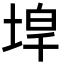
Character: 𡍇